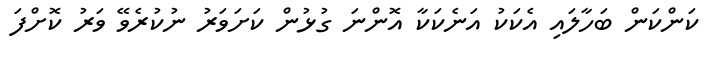
ކަންކަން ބަހާލައި އެކަކު އަނެކަކާ އޮންނަ ގުޅުން ކަށަވަރު ނުކުރެވޭ ވަރު ކޮށްފަ